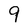
Character: 9